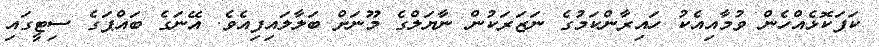
ކަފަކޮޅެއްހެން ވުމާއިއެކު ހައިރާންކަމުގެ ނަޒަރަކުން ނާޔަލްގެ މޫނަށް ބަލާލައިފިއެވެ. އޭނަގެ ބައްޕަގެ ސިޓީގައި